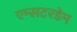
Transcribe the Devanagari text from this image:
एम्सटरडेम